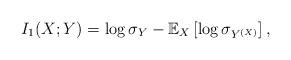
LaTeX: \begin{align*}I_1(X;Y) = \log \sigma_Y - \mathbb{E}_X \left[ \log \sigma_{Y^{(X)}} \right],\end{align*}